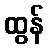
ထွန်